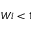
W i < 1